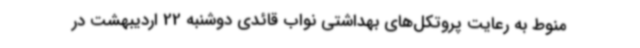
منوط به رعایت پروتکل‌های بهداشتی نواب قائدی دوشنبه 22 اردیبهشت در